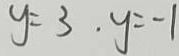
y = 3 . y = - 1